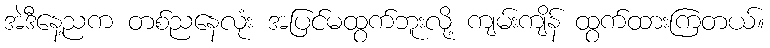
အဲဒီနေ့ညက တစ်ညနေလုံး အပြင်မထွက်ဘူးလို့ ကျမ်းကျိန် ထွက်ထားကြတယ်။